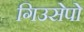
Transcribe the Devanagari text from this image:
गिउसेपो